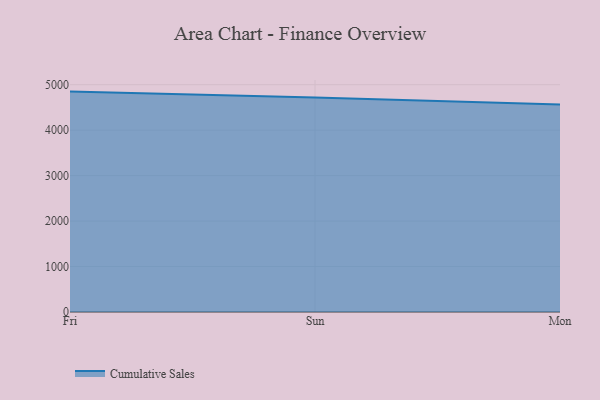
{"axis": {"x": "Day", "y": "Demand Index"}, "legend": ["Cumulative Sales"], "data": [{"x": "Fri", "y": 4848.5, "type": "Cumulative Sales"}, {"x": "Sun", "y": 4719.2, "type": "Cumulative Sales"}, {"x": "Mon", "y": 4562.7, "type": "Cumulative Sales"}]}